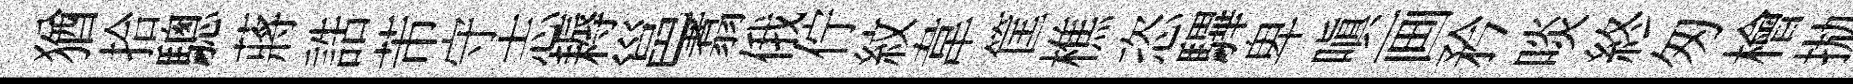
猶拾驄蔣誥芾守志耨邕翥俄佇紋韋筐樵恣驆卑嗔画矜啖終匆檜拋